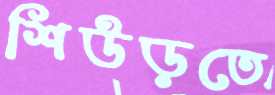
শিউড়তে